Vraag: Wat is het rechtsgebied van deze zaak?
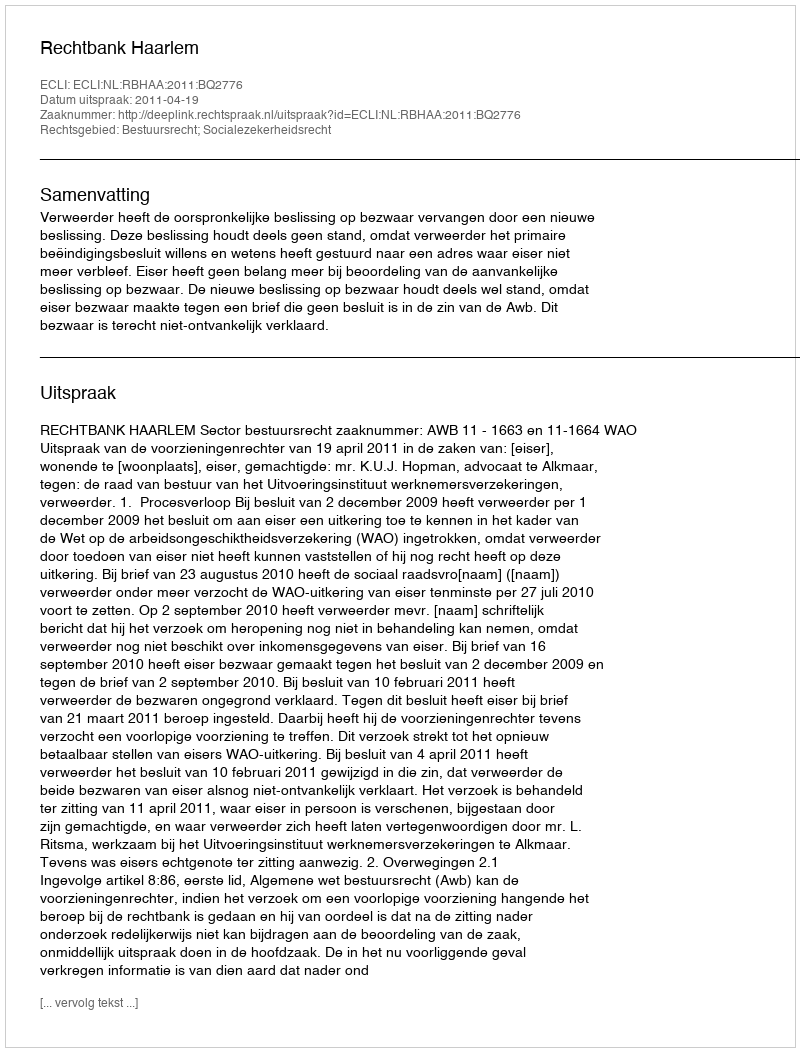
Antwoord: Bestuursrecht; Socialezekerheidsrecht